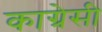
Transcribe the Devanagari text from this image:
काग्रेसी